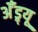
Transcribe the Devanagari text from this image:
अॅँड्र्यू